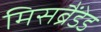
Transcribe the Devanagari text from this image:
मिसब्रैंडेड